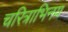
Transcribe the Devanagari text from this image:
चरित्राभिनय